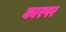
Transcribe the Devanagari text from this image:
कारपर